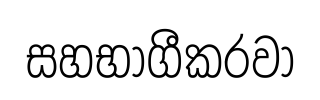
සහභාගීකරවා